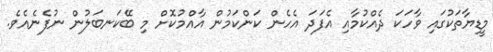
މީޑިޔާތަކުގައި ވާހަކަ ދެއްކުމާއި އެފަދަ އެހެން ކަންކަމުން އާއްމުކޮށް މި ބޭކަނބަލުން ނުފެނެއެވެ.